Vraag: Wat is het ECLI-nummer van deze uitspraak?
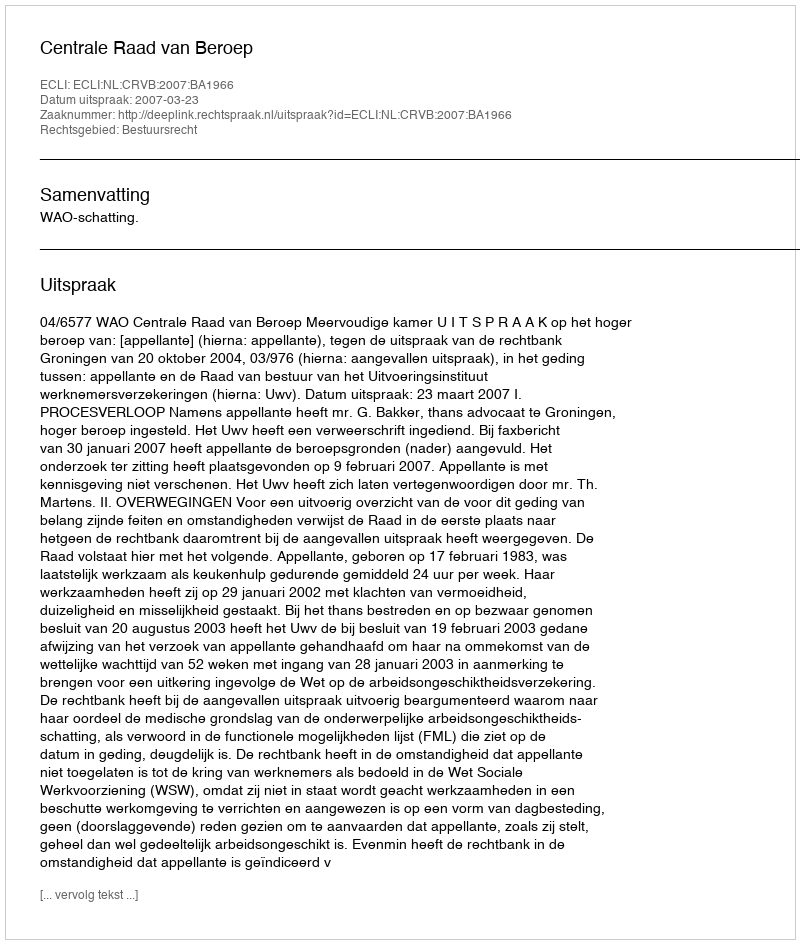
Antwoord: ECLI:NL:CRVB:2007:BA1966